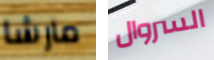
مارشا السروال